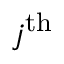
j ^ { \mathrm { t h } }